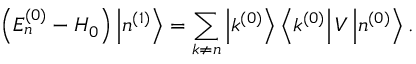
\left( E _ { n } ^ { ( 0 ) } - H _ { 0 } \right) \left| n ^ { ( 1 ) } \right\rangle = \sum _ { k \neq n } \left| k ^ { ( 0 ) } \right\rangle \left\langle k ^ { ( 0 ) } \right| V \left| n ^ { ( 0 ) } \right\rangle .